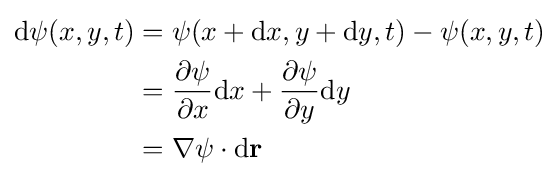
{\begin{aligned}\mathrm {d} \psi (x,y,t)&=\psi (x+\mathrm {d} x,y+\mathrm {d} y,t)-\psi (x,y,t)\\&={\partial \psi  \over \partial x}\mathrm {d} x+{\partial \psi  \over \partial y}\mathrm {d} y\\&=\nabla \psi \cdot \mathrm {d} \mathbf {r} \end{aligned}}